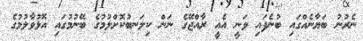
ނެރުނު ބަޔާނެއްގައި ބުނެފައި ވަނީ އެއީ ރާއްޖޭގެ ނަން ކިލަނބުކޮށްލުމުގެ ބޭނުމުގައި އޮޅުވާލުމުގެ